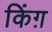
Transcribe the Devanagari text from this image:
किंग़